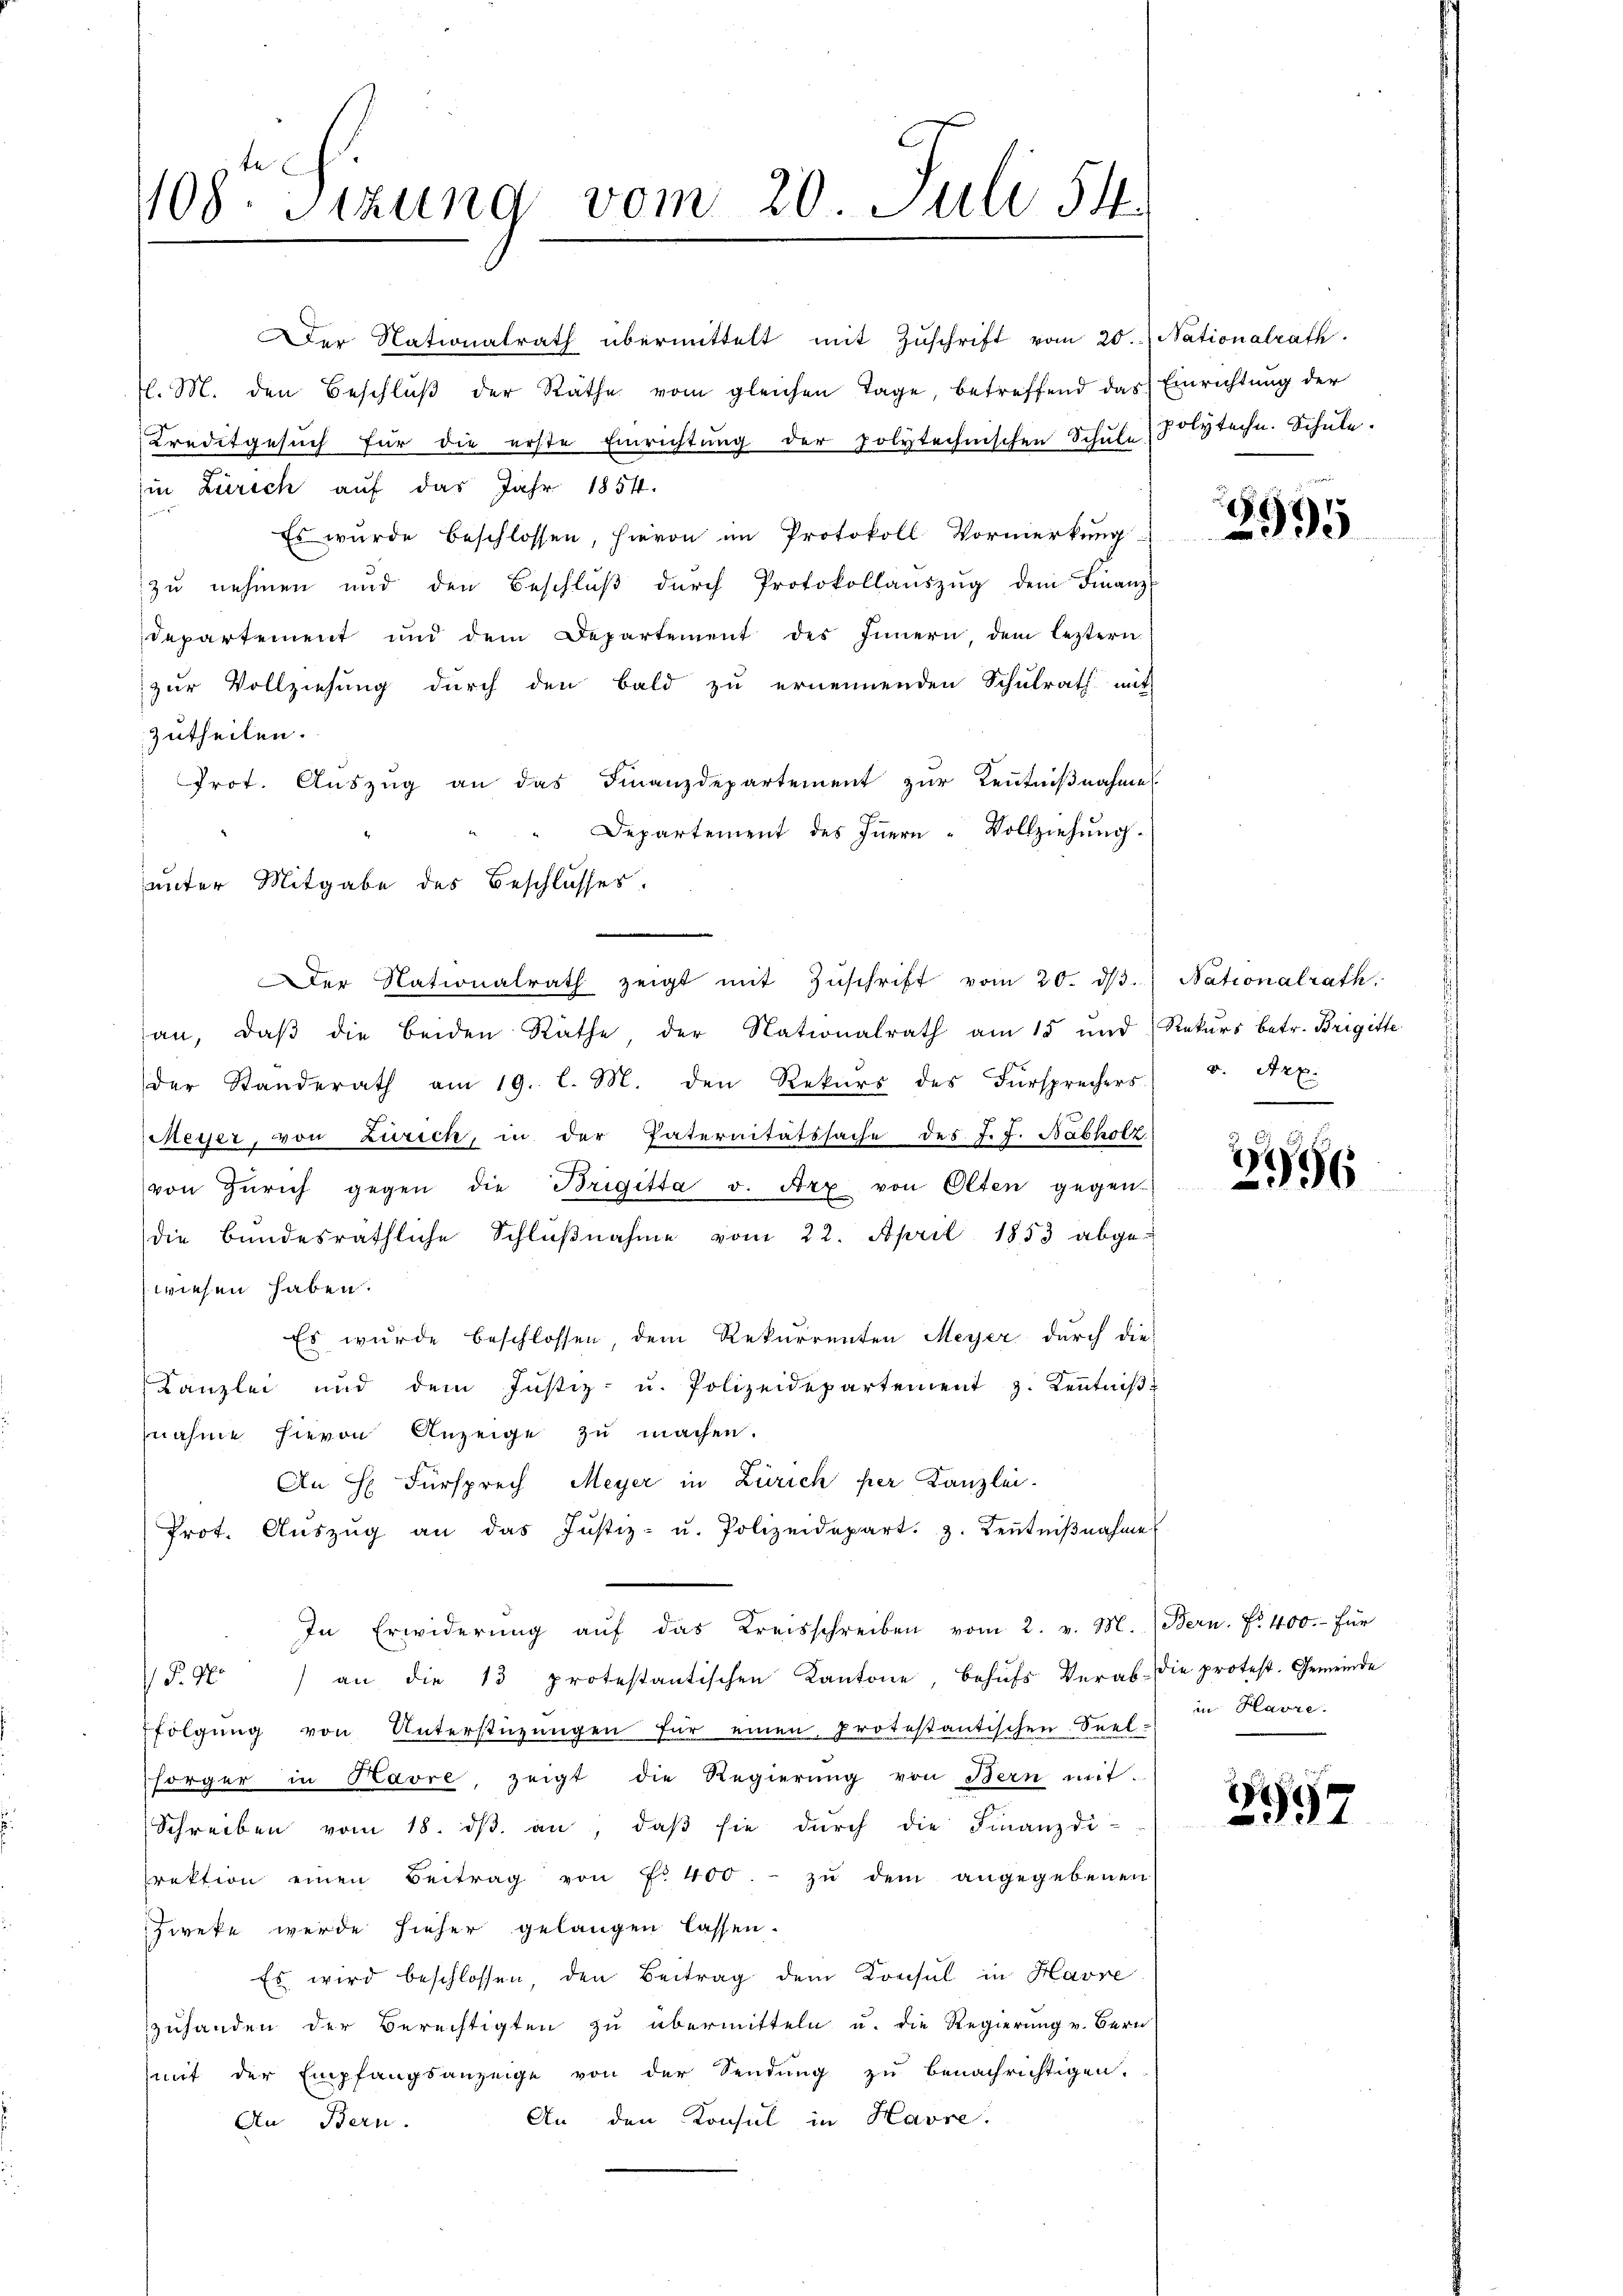
108. Sitzung vom 20. Juli 54.

Der Nationalrath übermittelt mit Zŭschrift vom 20. Nationalrath.
/. M. den Beschlŭβ der Räthe vom gleichen Tage, betreffend das Einrichtŭng der
Kreditgesŭch für die erste Einrichtŭng der polytechnischen Schŭle Polytechn. Schule.
in Zürich auf das Jahr 1854.
Es wurde beschlossen, hievon im Protokoll Vormerkung
zu nehmen und den Beschlŭβ dŭrch Protokollaŭszŭg dem Finanz-
departement und dem Departement des Innern, dem leztern
zur Vollziehung durch den bald zu ernennenden Schulrath mit
zutheilen.
Trot. Auszug an das Finanzdepartement zur Kenntnißnahme
Departement des Innern Vollziehung.
unter Mitgabe des Beschlusses.
er Nationalrath zeigt mit Zŭschrift vom 20. dβ.
an, daβ die beiden Räthe, der Nationalrath am 15 und Rekurs betr. Brigitte
der Standerath am 19. l. M. den Rekurs des Fürsprechers
Meyer, von Zürich, in der Enternitätssache des J. J. Nabholz
von Zürich gegen die Brigitta v. Arx von Olten gegen
die Bundesräthliche Schlŭβnahme vom 22. April 1853 abgewiesen haben.
Es wurde beschlossen dem Rekurrenten Meyer durch die
Kanzlei und dem Justiz- u. Polizeidepartement z. Kenntniβ
nahme hievon Anzeige zu machen.
An H. Fürsprech Meyer in Zürich per Kanzlei-
Prot. Aŭszŭg an das Justiz- u. Polizeidepart. 3. Keṅtniβnahme
In Erwiderŭng aŭf das Kreisschreiben vom 2. v. M. Bern. Fr. 400.- für
/F.M. an die 13 protestantischen Kantone, behŭfs Verab- die protest. Gemeinde
folgŭng von Unterstüzungen für einen Protestantischen Seel:
sorger in Havre, zeigt die Regierung von Bern mit-
Schreiben vom 18. dβ an, daβ sie durch die Finanzdi-
rektion einen Beitrag von f. 400.- zŭ dem angegebenen
zweke werde hieher gelangen lassen.
Es wird beschlossen, den Beitrag dem Konsul in Havre
zuhanden der Berechtigten zu übermitteln u. die Regierung v. Bern
(mit der Empfangsanzeige von der Sendung zu benachrichtigen.
An den Konsul in Havre.
An Bern.

395

Nationalrath
v. Ax:

)
156

in Havre.

)
2997